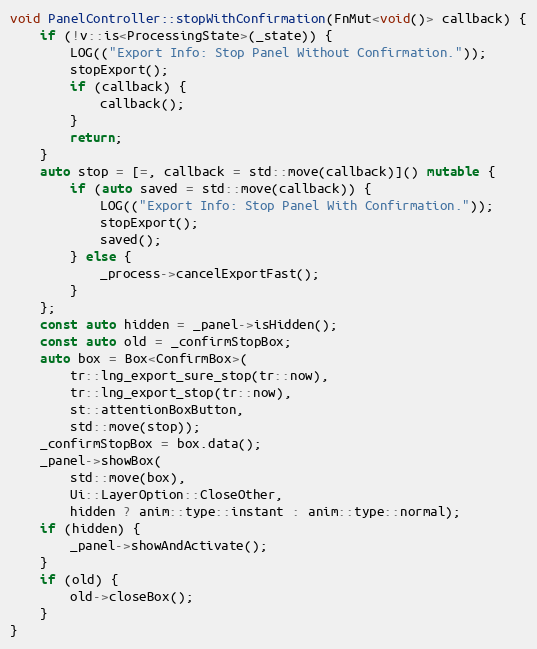
Language: C++
void PanelController::stopWithConfirmation(FnMut<void()> callback) {
	if (!v::is<ProcessingState>(_state)) {
		LOG(("Export Info: Stop Panel Without Confirmation."));
		stopExport();
		if (callback) {
			callback();
		}
		return;
	}
	auto stop = [=, callback = std::move(callback)]() mutable {
		if (auto saved = std::move(callback)) {
			LOG(("Export Info: Stop Panel With Confirmation."));
			stopExport();
			saved();
		} else {
			_process->cancelExportFast();
		}
	};
	const auto hidden = _panel->isHidden();
	const auto old = _confirmStopBox;
	auto box = Box<ConfirmBox>(
		tr::lng_export_sure_stop(tr::now),
		tr::lng_export_stop(tr::now),
		st::attentionBoxButton,
		std::move(stop));
	_confirmStopBox = box.data();
	_panel->showBox(
		std::move(box),
		Ui::LayerOption::CloseOther,
		hidden ? anim::type::instant : anim::type::normal);
	if (hidden) {
		_panel->showAndActivate();
	}
	if (old) {
		old->closeBox();
	}
}